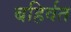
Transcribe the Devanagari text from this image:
बहिर्वत